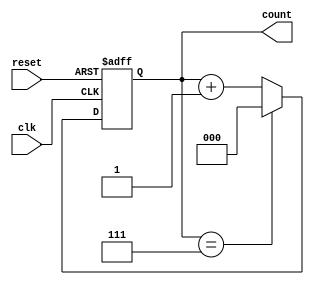
module mod_n_counter #(
    parameter N = 8 // Define Mod-N parameter (N must be a power of 2 for this design)
) (
    input wire clk,        // Clock input
    input wire reset,      // Asynchronous reset input
    output reg [clog2(N)-1:0] count // Counter output
);

// Compute the number of bits required for counting to N
function integer clog2;
    input integer value;
    begin
        value = value - 1;
        for (clog2 = 0; value > 0; clog2 = clog2 + 1)
            value = value >> 1;
    end
endfunction

// Always block for counter logic
always @(posedge clk or posedge reset) begin
    if (reset) begin
        count <= 0; // Reset the counter to 0
    end else if (count == N-1) begin
        count <= 0; // Roll over to 0 when reaching N
    end else begin
        count <= count + 1; // Increment the counter
    end
end

endmodule